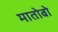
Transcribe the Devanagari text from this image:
मातोबो